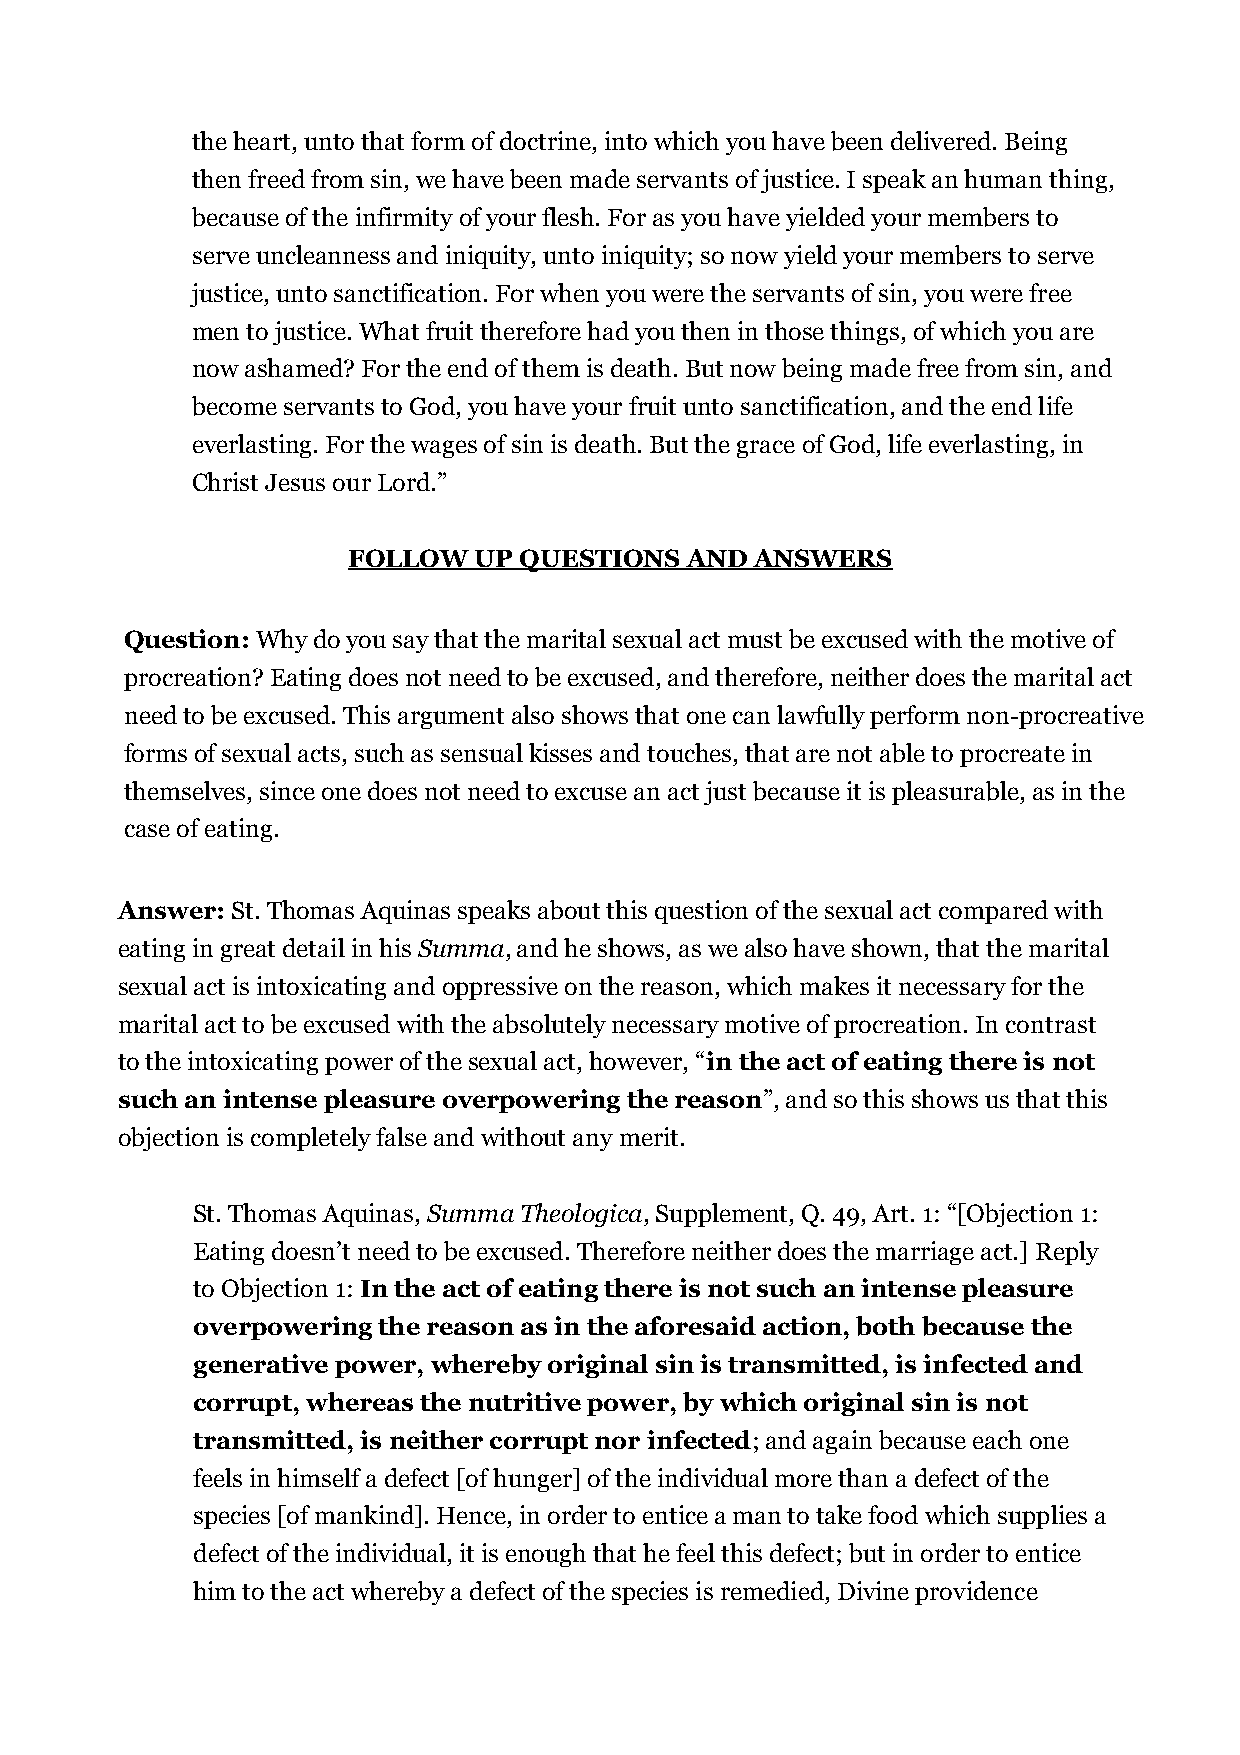
the heart, unto that form of doctrine, into which you have been delivered. Being
 then freed from sin, we have been made servants of justice. I speak an human thing,
 because of the infirmity of your flesh. For as you have yielded your members to
 serve uncleanness and iniquity, unto iniquity; so now yield your members to serve
 justice, unto sanctification. For when you were the servants of sin, you were free
 men to justice. What fruit therefore had you then in those things, of which you are
 now ashamed? For the end of them is death. But now being made free from sin, and
 become servants to God, you have your fruit unto sanctification, and the end life
 everlasting. For the wages of sin is death. But the grace of God, life everlasting, in
 Christ Jesus our Lord.”
 FOLLOW  UP QUESTIONS  AND  ANSWERS
 Question: Why do you say that the marital sexual act must be excused with the motive of
 procreation? Eating does not need to be excused, and therefore, neither does the marital act
 need to be excused. This argument also shows that one can lawfully perform non-procreative
 forms of sexual acts, such as sensual kisses and touches, that are not able to procreate in
 themselves, since one does not need to excuse an act just because it is pleasurable, as in the
 case of eating.
 Answer: St. Thomas Aquinas speaks about this question of the sexual act compared with
 eating in great detail in his Summa, and he shows, as we also have shown, that the marital
 sexual act is intoxicating and oppressive on the reason, which makes it necessary for the
 marital act to be excused with the absolutely necessary motive of procreation. In contrast
 to the intoxicating power of the sexual act, however, “in the act of eating there is not
 such an intense pleasure overpowering the reason”, and so this shows us that this
 objection is completely false and without any merit.
 St. Thomas Aquinas, Summa Theologica, Supplement, Q. 49, Art. 1: “[Objection 1:
 Eating doesn’t need to be excused. Therefore neither does the marriage act.] Reply
 to Objection 1: In the act of eating there is not such an intense pleasure
 overpowering the reason as in the aforesaid action, both because the
 generative power, whereby original sin is transmitted, is infected and
 corrupt, whereas the nutritive power, by which original sin is not
 transmitted, is neither corrupt nor infected; and again because each one
 feels in himself a defect [of hunger] of the individual more than a defect of the
 species [of mankind]. Hence, in order to entice a man to take food which supplies a
 defect of the individual, it is enough that he feel this defect; but in order to entice
 him to the act whereby a defect of the species is remedied, Divine providence